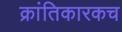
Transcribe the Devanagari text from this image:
क्रांतिकारकच